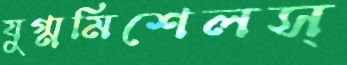
যুগ্মমিশেলস্